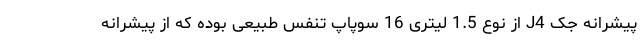
پیشرانه جک J4 از نوع 1.5 لیتری 16 سوپاپ تنفس طبیعی بوده که از پیشرانه